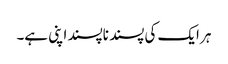
ہر ایک کی پسند ناپسند اپنی ہے۔